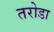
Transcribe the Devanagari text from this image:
तरोडा